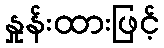
နှုန်းထားဖြင့်